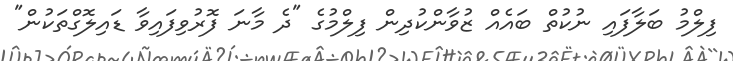
ފިލްމު ބަލާފައި ނުކުތް ބައެއް ޒުވާންކުދިން ފިލްމުގެ "ދެ މާނަ ފޮރުވިފައިވާ ޑައިލޮގްތަކުން"